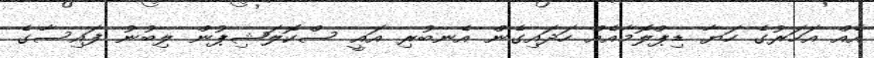
އެއް އަހަރުގެ ހަޔާ ޑިޕްލޮމާއެއް ހަދައިގެން އެނބުރި އައީ ސްކޮލަޝިޕުން ލިބުނު ފައިސާގެ